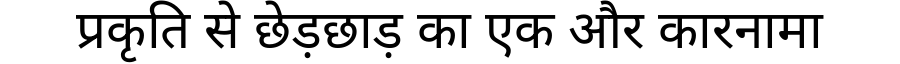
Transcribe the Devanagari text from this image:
प्रकृति से छेड़छाड़ का एक और कारनामा